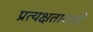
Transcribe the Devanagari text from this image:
प्रत्यक्षतावादी